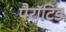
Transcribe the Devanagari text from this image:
पैरॉटिड